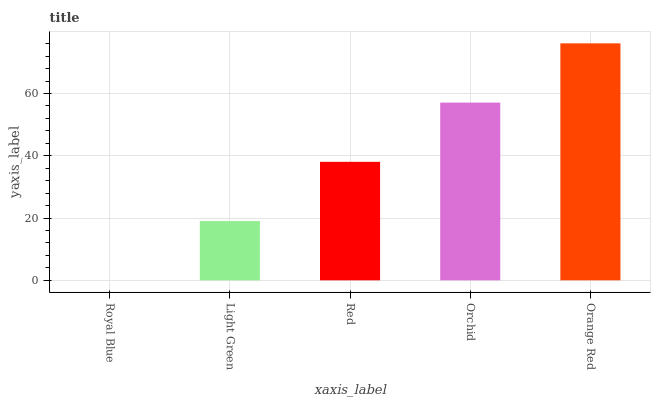
| xaxis_label | bars |
 | --- | --- |
 | Royal Blue | 0 |
 | Light Green | 19 |
 | Red | 38.1 |
 | Orchid | 57.1 |
 | Orange Red | 76.1 |